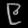
Digit: ၉